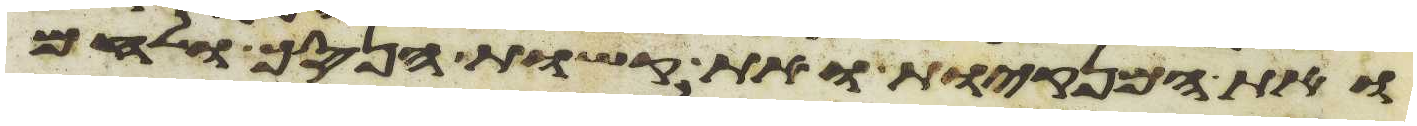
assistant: ואת המנקיות ואת קשות הנסך ולחם